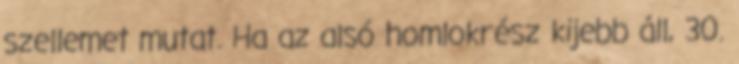
szellemet mutat. Ha az alsó homlokrész kijebb áll, 30.